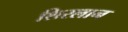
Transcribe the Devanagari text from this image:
शिरलान